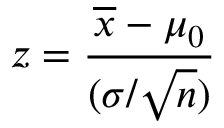
z = { \frac { { \overline { { x } } } - \mu _ { 0 } } { ( { \sigma } / { \sqrt { n } } ) } }